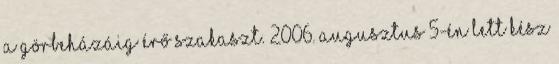
a Görbeházáig érő szakaszt. 2006. augusztus 5-én lett kész